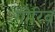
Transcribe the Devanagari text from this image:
गौरिव